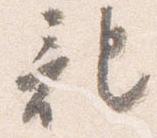
記